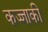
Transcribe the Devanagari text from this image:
कज्जाकी